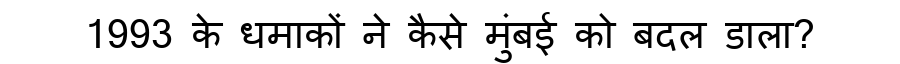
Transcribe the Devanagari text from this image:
1993 के धमाकों ने कैसे मुंबई को बदल डाला?